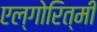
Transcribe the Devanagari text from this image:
एल्गोरित्मी